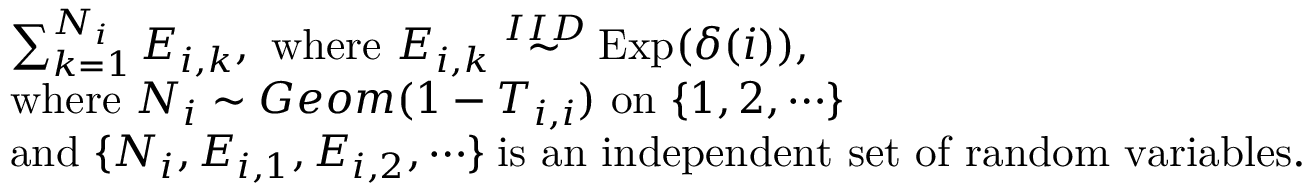
\begin{array} { r l } & { \sum _ { k = 1 } ^ { N _ { i } } E _ { i , k } , \mathrm { ~ w h e r e ~ } E _ { i , k } \stackrel { I I D } { \sim } \mathrm { E x p } ( \delta ( i ) ) , } \\ { \; \; } & { \mathrm { w h e r e ~ } N _ { i } \sim G e o m ( 1 - T _ { i , i } ) \mathrm { ~ o n ~ } \{ 1 , 2 , \cdots \} } \\ & { \mathrm { a n d ~ } \{ N _ { i } , E _ { i , 1 } , E _ { i , 2 } , \cdots \} \; \mathrm { i s ~ a n ~ i n d e p e n d e n t ~ s e t ~ o f ~ r a n d o m ~ v a r i a b l e s } . } \end{array}